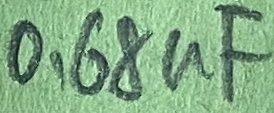
Text: 0,68µF